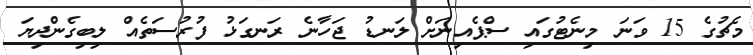
މެޗުގެ 15 ވަނަ މިނެޓުގައި ސްޕެއިނަށް ލަނޑު ޖަހާނެ ރަނގަޅު ފުރުސަތެއް ލިބިގެންދިޔަ